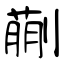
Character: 蒯